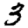
Digit: 3